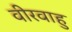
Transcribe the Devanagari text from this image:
वीरवाहु